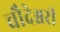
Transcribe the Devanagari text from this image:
चौदेश्वरी